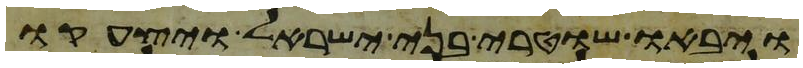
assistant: ויבאו שוטרי בני ישראל ויצעקו